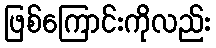
ဖြစ်ကြောင်းကိုလည်း